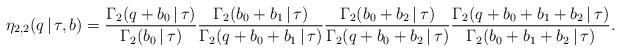
LaTeX: \begin{align*}\eta_{2,2}(q\,|\,\tau, b) =\frac{\Gamma_2(q+b_0\,|\,\tau)}{\Gamma_2(b_0\,|\,\tau)}\frac{\Gamma_2(b_0+b_1\,|\,\tau)}{\Gamma_2(q+b_0+b_1\,|\,\tau)}\frac{\Gamma_2(b_0+b_2\,|\,\tau)}{\Gamma_2(q+b_0+b_2\,|\,\tau)}\frac{\Gamma_2(q+b_0+b_1+b_2\,|\,\tau)}{\Gamma_2(b_0+b_1+b_2\,|\,\tau)}.\end{align*}